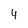
Character: 4